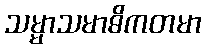
သမ္မာသမာဓိကတမာ